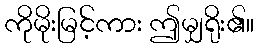
ကိုမိုးမြင့်ကား ဤမျှရိုး၏။